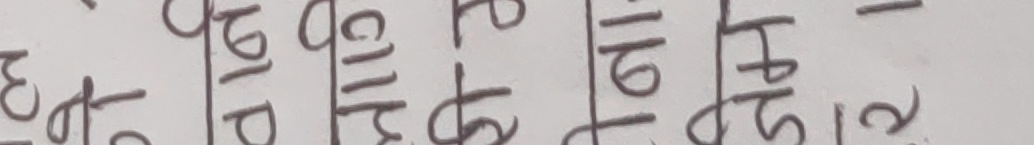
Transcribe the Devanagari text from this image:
११८/११०।९९३/५१२